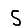
Digit: 5